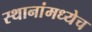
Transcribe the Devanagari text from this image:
स्थानांमध्येच